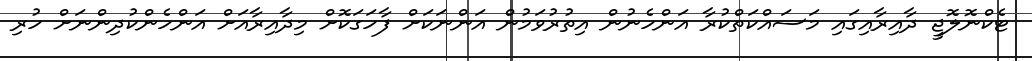
ޓެކްނޮލޮޖީ ދާއިރާއިގައި މަސައްކަތްކުރާ އަންހެނުން އިތުރުވަމުން އަންނަކަށް ފާހަގަކޮށް މިދާއިރާއަށް އަންހެންކުދިންނަށް ހުރި